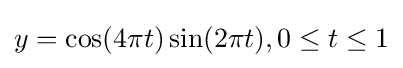
y=\cos(4\pi t)\sin(2\pi t),0\leq t\leq 1